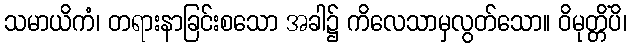
သမာယိကံ၊ တရားနာခြင်းစသော အခါ၌ ကိလေသာမှလွတ်သော။ ဝိမုတ္တိံပိ၊